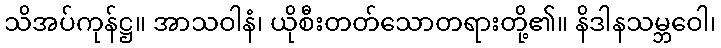
သိအပ်ကုန်ဋ္ဌ။ အာသဝါနံ၊ ယိုစီးတတ်သောတရားတို့၏။ နိဒါနသမ္ဘဝေါ၊